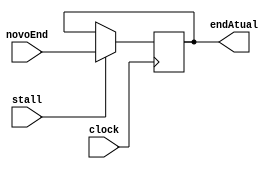
module pc (
    input clock, input stall,
    input wire[7:0] novoEnd,
    output reg[7:0] endAtual
);

initial begin
    endAtual = 8'b00000000;
end

always@(negedge clock)
    if (stall == 1) begin
        endAtual = novoEnd;    
    end
endmodule